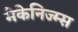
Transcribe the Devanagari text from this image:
मेकेनिज्म्स